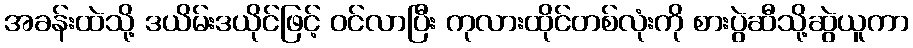
အခန်းထဲသို့ ဒယိမ်းဒယိုင်ဖြင့် ဝင်လာပြီး ကုလားထိုင်တစ်လုံးကို စားပွဲဆီသို့ဆွဲယူကာ